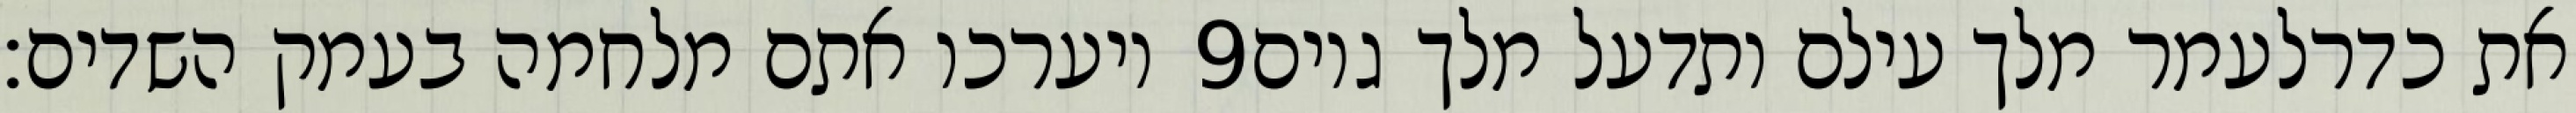
ויערכו אתם מלחמה בעמק השדים׃ ‎9‏ את כדרלעמר מלך עילם ותדעל מלך גוים